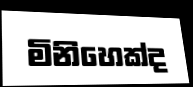
මිනිහෙක්ද